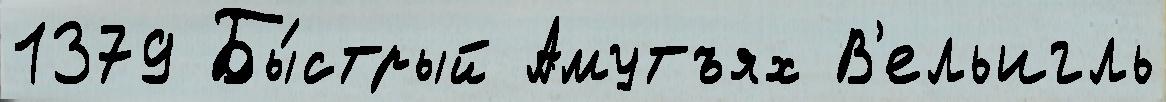
1379 Бы́стрый Амутъях В'ельигль